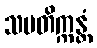
သမတိက္ကန္တံ